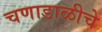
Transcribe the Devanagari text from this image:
चणाडाळीचे